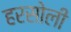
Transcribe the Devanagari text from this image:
हरसोली